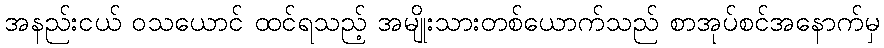
အနည်းငယ် ဝသယောင် ထင်ရသည့် အမျိုးသားတစ်ယောက်သည် စာအုပ်စင်အနောက်မှ